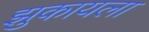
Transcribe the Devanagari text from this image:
झुकायला